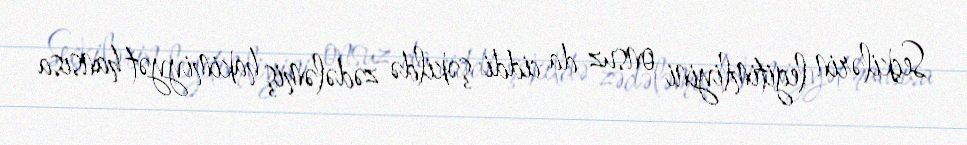
Seçkilərin legitimliyini onsuz da ciddi şəkildə zədələmiş hakimiyyət hansısa